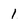
Character: 1